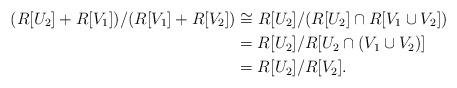
LaTeX: \begin{align*}( R [ U_{2} ] + R [ V_{1} ] ) / ( R [ V_{1} ] + R[V_{2}] ) &\cong R [ U_{2} ] / (R [ U_{2} ] \cap R[ V_{1} \cup V_{2} ]) \\&= R [ U_{2} ] / R [ U_{2} \cap ( V_{1} \cup V_{2} ) ] \\&= R [ U_{2} ] / R [ V_{2} ].\end{align*}